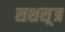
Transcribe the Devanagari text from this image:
सशस़्त्र